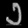
Digit: ၁